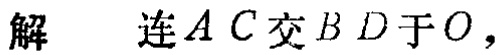
解 连 \(AC\) 交 \(BD\) 于 \(O\)，